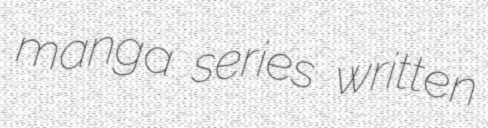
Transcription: manga series written